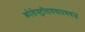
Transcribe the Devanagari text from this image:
कोलेस्ट्रॉलचयापचयज